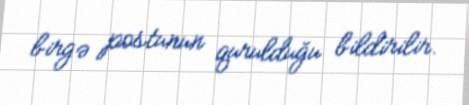
birgə postunun qurulduğu bildirilir.